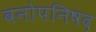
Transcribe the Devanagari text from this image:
वनोपनिषद